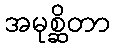
အမုစ္ဆိတာ